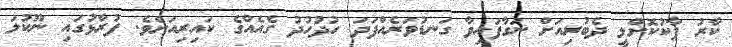
ކާރު ޕާކުކޮށްލީ ދެބުރިއަށް ނަގާފައިވާ ގަނޑުވަރެއްފަދަ ހުދުހުދު ގެއެއްގެ ކައިރިއަށެވެ. ފުރާޅުގައި ނޫކުލަ